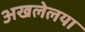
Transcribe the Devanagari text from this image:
अखलेलया